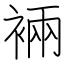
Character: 裲